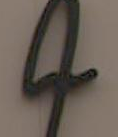
4